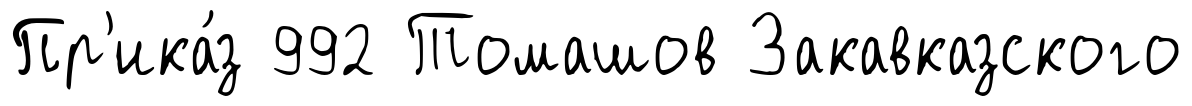
Пр'ика́з 992 Томашов Закавказского